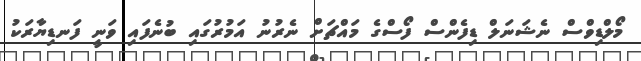
މޯލްޑިވްސް ނެޝަނަލް ޑިފެންސް ފޯސްގެ މައްޗަށް ނެރުނު އަމުރުގައި ބުނެފައި ވަނީ ފަނޑިޔާރަކު